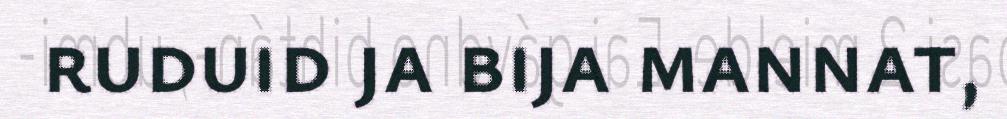
ruduid ja bija mannat,